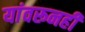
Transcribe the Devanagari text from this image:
यांवरूनही